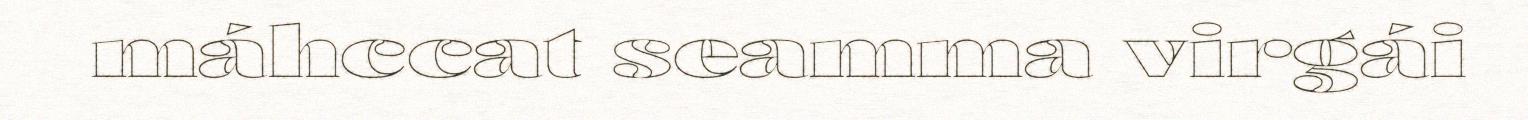
máhccat seamma virgái